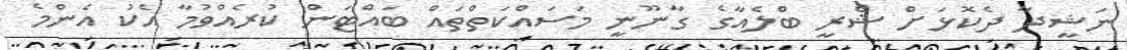
ނަޝީދާ ދެކޮޅަށް ޝެރީ ބްލެއާގެ ގާނޫނީ މަސައްކަތްތައް ބައްޓަން ކުރެއްވުމާ އެކު އެންމެ